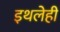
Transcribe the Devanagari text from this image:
इथलेही